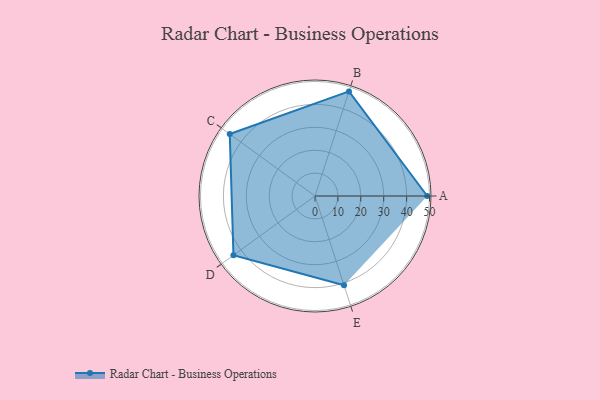
{"axis": {"x": "Skill", "y": "Score"}, "legend": ["Profile"], "data": [{"x": "A", "y": 49.0, "type": "Profile"}, {"x": "B", "y": 48.0, "type": "Profile"}, {"x": "C", "y": 46.0, "type": "Profile"}, {"x": "D", "y": 44.0, "type": "Profile"}, {"x": "E", "y": 41.0, "type": "Profile"}]}